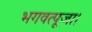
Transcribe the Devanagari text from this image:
भगवत्पूजा।